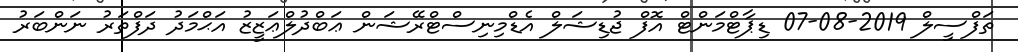
ތަފްސީލް 2019-08-07 ޑިޕާޓްމަންޓް އޮފް ޖުޑިޝަލް އެޑްމިނިސްޓްރޭޝަން ޢަބްދުލްޢަޒީޒު އަޙްމަދު ދަފްތަރު ނަންބަރު